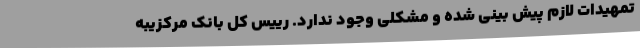
تمهیدات لازم پیش بینی شده و مشکلی وجود ندارد. رییس کل بانک مرکزیبه